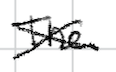
Text: The
Cross-out: mix
Writing tool: digital_black